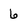
Character: 6